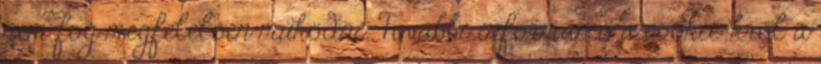
nem fog megfelelően működni. További információ a cookie-król a